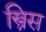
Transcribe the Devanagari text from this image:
स्त्रिस